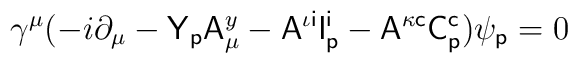
\gamma^\mu(-i\partial_\mu-{\sf Y}_{\sf p}{\sf A}^y_\mu-{\sf A}^{\iota{\sf i}}{\sf I}^{\sf i}_{\sf p}-{\sf A}^{\kappa{\sf c}}{\sf C}^{\sf c}_{\sf p})           \psi_{\sf p} =0